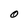
Character: O